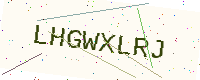
Text: LHGWXLRJ